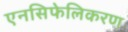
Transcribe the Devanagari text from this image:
एनसिफेलिकरण